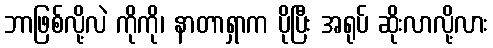
ဘာဖြစ်လို့လဲ ကိုကို၊ နာတာရှာက ပိုပြီး အရုပ် ဆိုးလာလို့လား